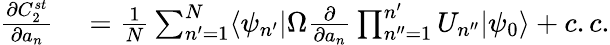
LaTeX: \begin{array}{rl}{\frac{\partial C_{2}^{st}}{\partial a_{n}}}&{{}=\frac{1}{N}\sum_{n^{\prime}=1}^{N}\langle\psi_{n^{\prime}}|\Omega\frac{\partial}{\partial a_{n}}\prod_{n^{\prime\prime}=1}^{n^{\prime}}U_{n^{\prime\prime}}|\psi_{0}\rangle+c.c.}\end{array}